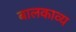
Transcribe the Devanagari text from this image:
बालकाव्य